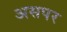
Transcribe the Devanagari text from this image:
असपर